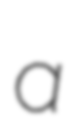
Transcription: a